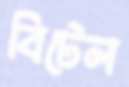
বিটেল